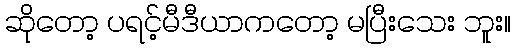
ဆိုတော့ ပရင့်မီဒီယာကတော့ မပြီးသေး ဘူး။